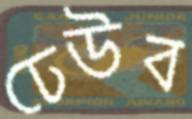
ঢেউব